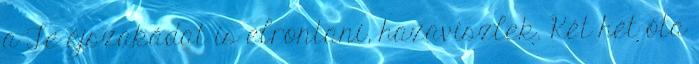
a Te éjszakádat is elrontani, hazaviszlek. Két hét óta